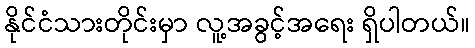
နိုင်ငံသားတိုင်းမှာ လူ့အခွင့်အရေး ရှိပါတယ်။